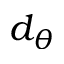
d _ { \theta }